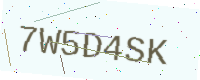
Text: 7W5D4SK